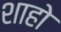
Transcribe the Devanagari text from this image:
शाहो